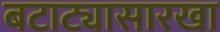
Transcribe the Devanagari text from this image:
बटाट्यासारखा